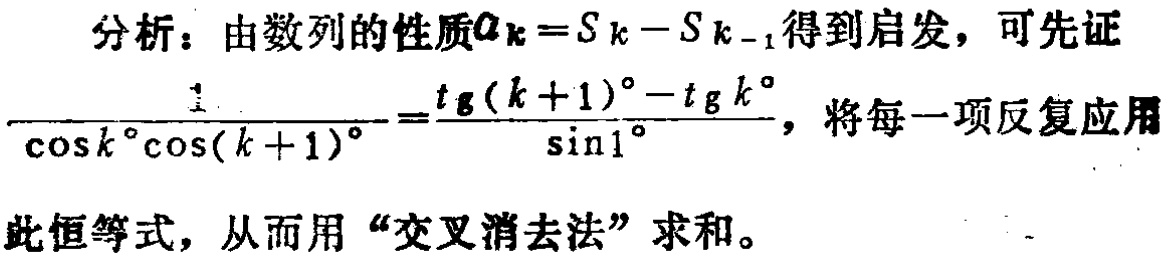
分析：由数列的性质\(a_{k}=S_{k}-S_{k - 1}\)得到启发，可先证

\(\frac{1}{\cos k^{\circ}\cos(k + 1)^{\circ}}=\frac{\tg(k + 1)^{\circ}-\tg k^{\circ}}{\sin1^{\circ}}\)，将每一项反复应用

此恒等式，从而用“交叉消去法”求和。